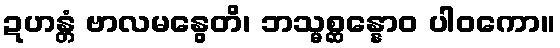
ဍဟန္တံ ဗာလမနွေတိ၊ ဘသ္မစ္ဆန္နောဝ ပါဝကော။